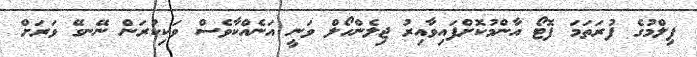
ފިލްމުގެ ފުރަތަމަ ފޮޓޯ އާންމުކޮށްފައިވާއިރު ޖިލެންހޯލް ވަނީ އަނެއްކާވެސް ވަކިކުރަން ނޭނގޭ ވަރަށް